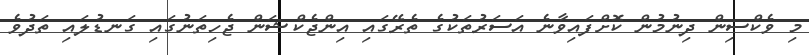
މި ވެކްސިން ދިނުމުން ކޮށްފައިވާނެ އަސަރުތަކުގެ ތެރޭގައި އިންޖެކްޝަން ޖެހިތަނުގައި ގަނޑުލައި ތަދުވެ